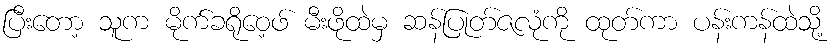
ပြီးတော့ သူက မိုက်ခရိုဝေ့ဖ် မီးဖိုထဲမှ ဆန်ပြုတ်ဇလုံကို ထုတ်ကာ ပန်းကန်ထဲသို့